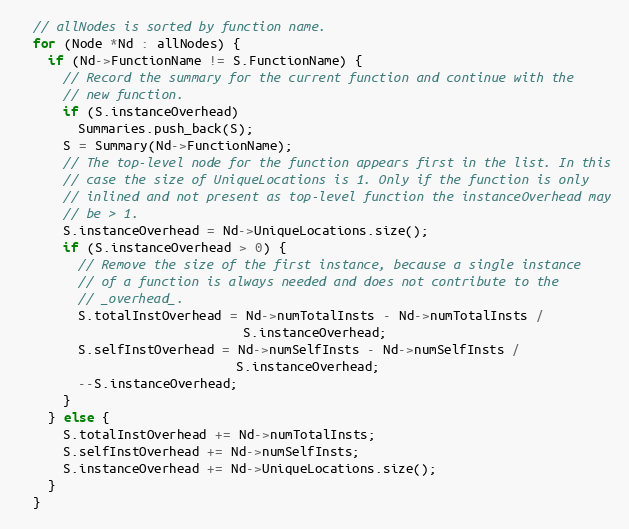
Language: C++
  // allNodes is sorted by function name.
  for (Node *Nd : allNodes) {
    if (Nd->FunctionName != S.FunctionName) {
      // Record the summary for the current function and continue with the
      // new function.
      if (S.instanceOverhead)
        Summaries.push_back(S);
      S = Summary(Nd->FunctionName);
      // The top-level node for the function appears first in the list. In this
      // case the size of UniqueLocations is 1. Only if the function is only
      // inlined and not present as top-level function the instanceOverhead may
      // be > 1.
      S.instanceOverhead = Nd->UniqueLocations.size();
      if (S.instanceOverhead > 0) {
        // Remove the size of the first instance, because a single instance
        // of a function is always needed and does not contribute to the
        // _overhead_.
        S.totalInstOverhead = Nd->numTotalInsts - Nd->numTotalInsts /
                              S.instanceOverhead;
        S.selfInstOverhead = Nd->numSelfInsts - Nd->numSelfInsts /
                             S.instanceOverhead;
        --S.instanceOverhead;
      }
    } else {
      S.totalInstOverhead += Nd->numTotalInsts;
      S.selfInstOverhead += Nd->numSelfInsts;
      S.instanceOverhead += Nd->UniqueLocations.size();
    }
  }